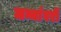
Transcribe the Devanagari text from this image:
जन्मांवरी